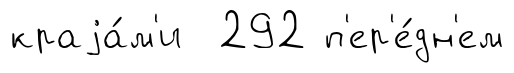
краjа́м'и 292 п'ер'е́дн'ем